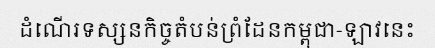
ដំណើរទស្សនកិច្ចតំបន់ព្រំដែនកម្ពុជា-ឡាវនេះ